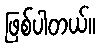
ဖြစ်ပါတယ်။